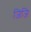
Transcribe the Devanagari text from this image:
जिजि